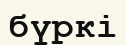
бүркі